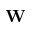
\mathbf { W }